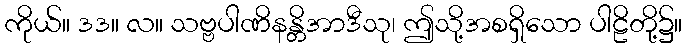
ကိုယ်။ ဒဒ။ လ။ သဗ္ဗပါဏိနန္တိအာဒီသု၊ ဤသို့အစရှိသော ပါဠိတို့၌။